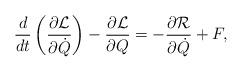
LaTeX: \begin{align*}\frac{d}{dt}\left( \frac{\partial\mathcal{L}}{\partial\dot{Q}}\right)-\frac{\partial\mathcal{L}}{\partial Q}=-\frac{\partial\mathcal{R}}{\partial\dot{Q}}+F, \end{align*}